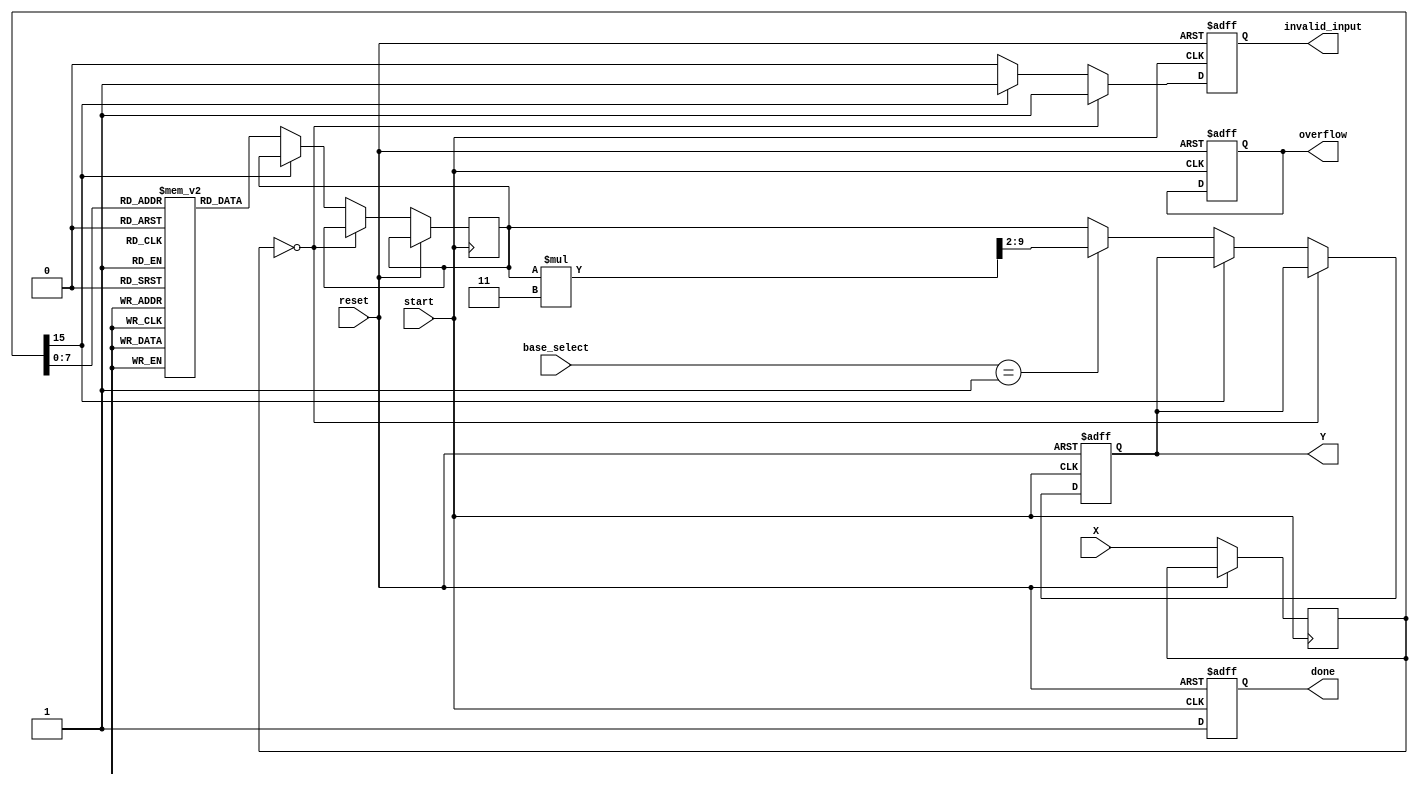
module LogarithmicUnit (
    input wire [N-1:0] X,           // Input data
    input wire [1:0] base_select,   // Control signal for base selection (00: base-2, 01: base-10)
    input wire start,                // Start signal for computation
    input wire reset,                // Reset signal
    output reg [M-1:0] Y,            // Logarithmic output
    output reg done,                 // Computation done signal
    output reg overflow,             // Overflow status signal
    output reg invalid_input         // Invalid input status signal
);
parameter N = 16; // Width of input data
parameter M = 8;  // Width of logarithmic output

// Internal signals
reg [N-1:0] input_data;
reg [M-1:0] lut [0:255];  // Lookup table for logarithmic values
reg [M-1:0] log_value;     // Computed logarithm value
reg computation_running;

// Initialization of the LUT with base-2 logarithms (example values)
initial begin
    // Note: Fill the LUT with appropriate logarithmic values
    // For instance: lut[0] = 0; lut[1] = 0; lut[2] = 1; ...
    // Populate the table here...
end

always @ (posedge start or posedge reset) begin
    if (reset) begin
        Y <= 0;
        done <= 0;
        overflow <= 0;
        invalid_input <= 0;
        computation_running <= 0;
    end else begin
        input_data <= X;
        // Check for invalid input
        if (input_data == 0) begin
            invalid_input <= 1;
            done <= 1;
        end else if (input_data[N-1] == 1) begin
            invalid_input <= 1;
            done <= 1;
        end else begin
            invalid_input <= 0;
            computation_running <= 1;
            // Scaling and logarithm calculation
            // Here you can use LUT and interpolation
            log_value <= lut[input_data[7:0]]; // Example: take lower 8 bits for LUT
            // Base selection logic
            case (base_select)
                2'b00: Y <= log_value; // Base-2
                2'b01: Y <= (log_value * 3) >> 2; // Example scale factor for conversion to base-10
                default: Y <= log_value; // Default to base-2
            endcase
            done <= 1;
            computation_running <= 0;
        end
    end
end

endmodule